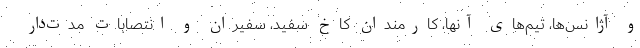
و آژانس‌ها، تیم‌های آنها، کارمندان کاخ سفید، سفیران و انتصابات مدت‌دار